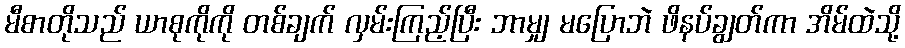
မီစာတိုသည် ယာစုကိုကို တစ်ချက် လှမ်းကြည့်ပြီး ဘာမျှ မပြောဘဲ ဖိနပ်ချွတ်ကာ အိမ်ထဲသို့